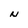
Character: N